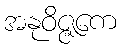
အနုဝိဇ္ဇကေ